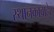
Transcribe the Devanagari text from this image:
स्थानकाबाहेर